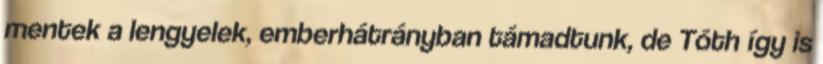
mentek a lengyelek, emberhátrányban támadtunk, de Tóth így is